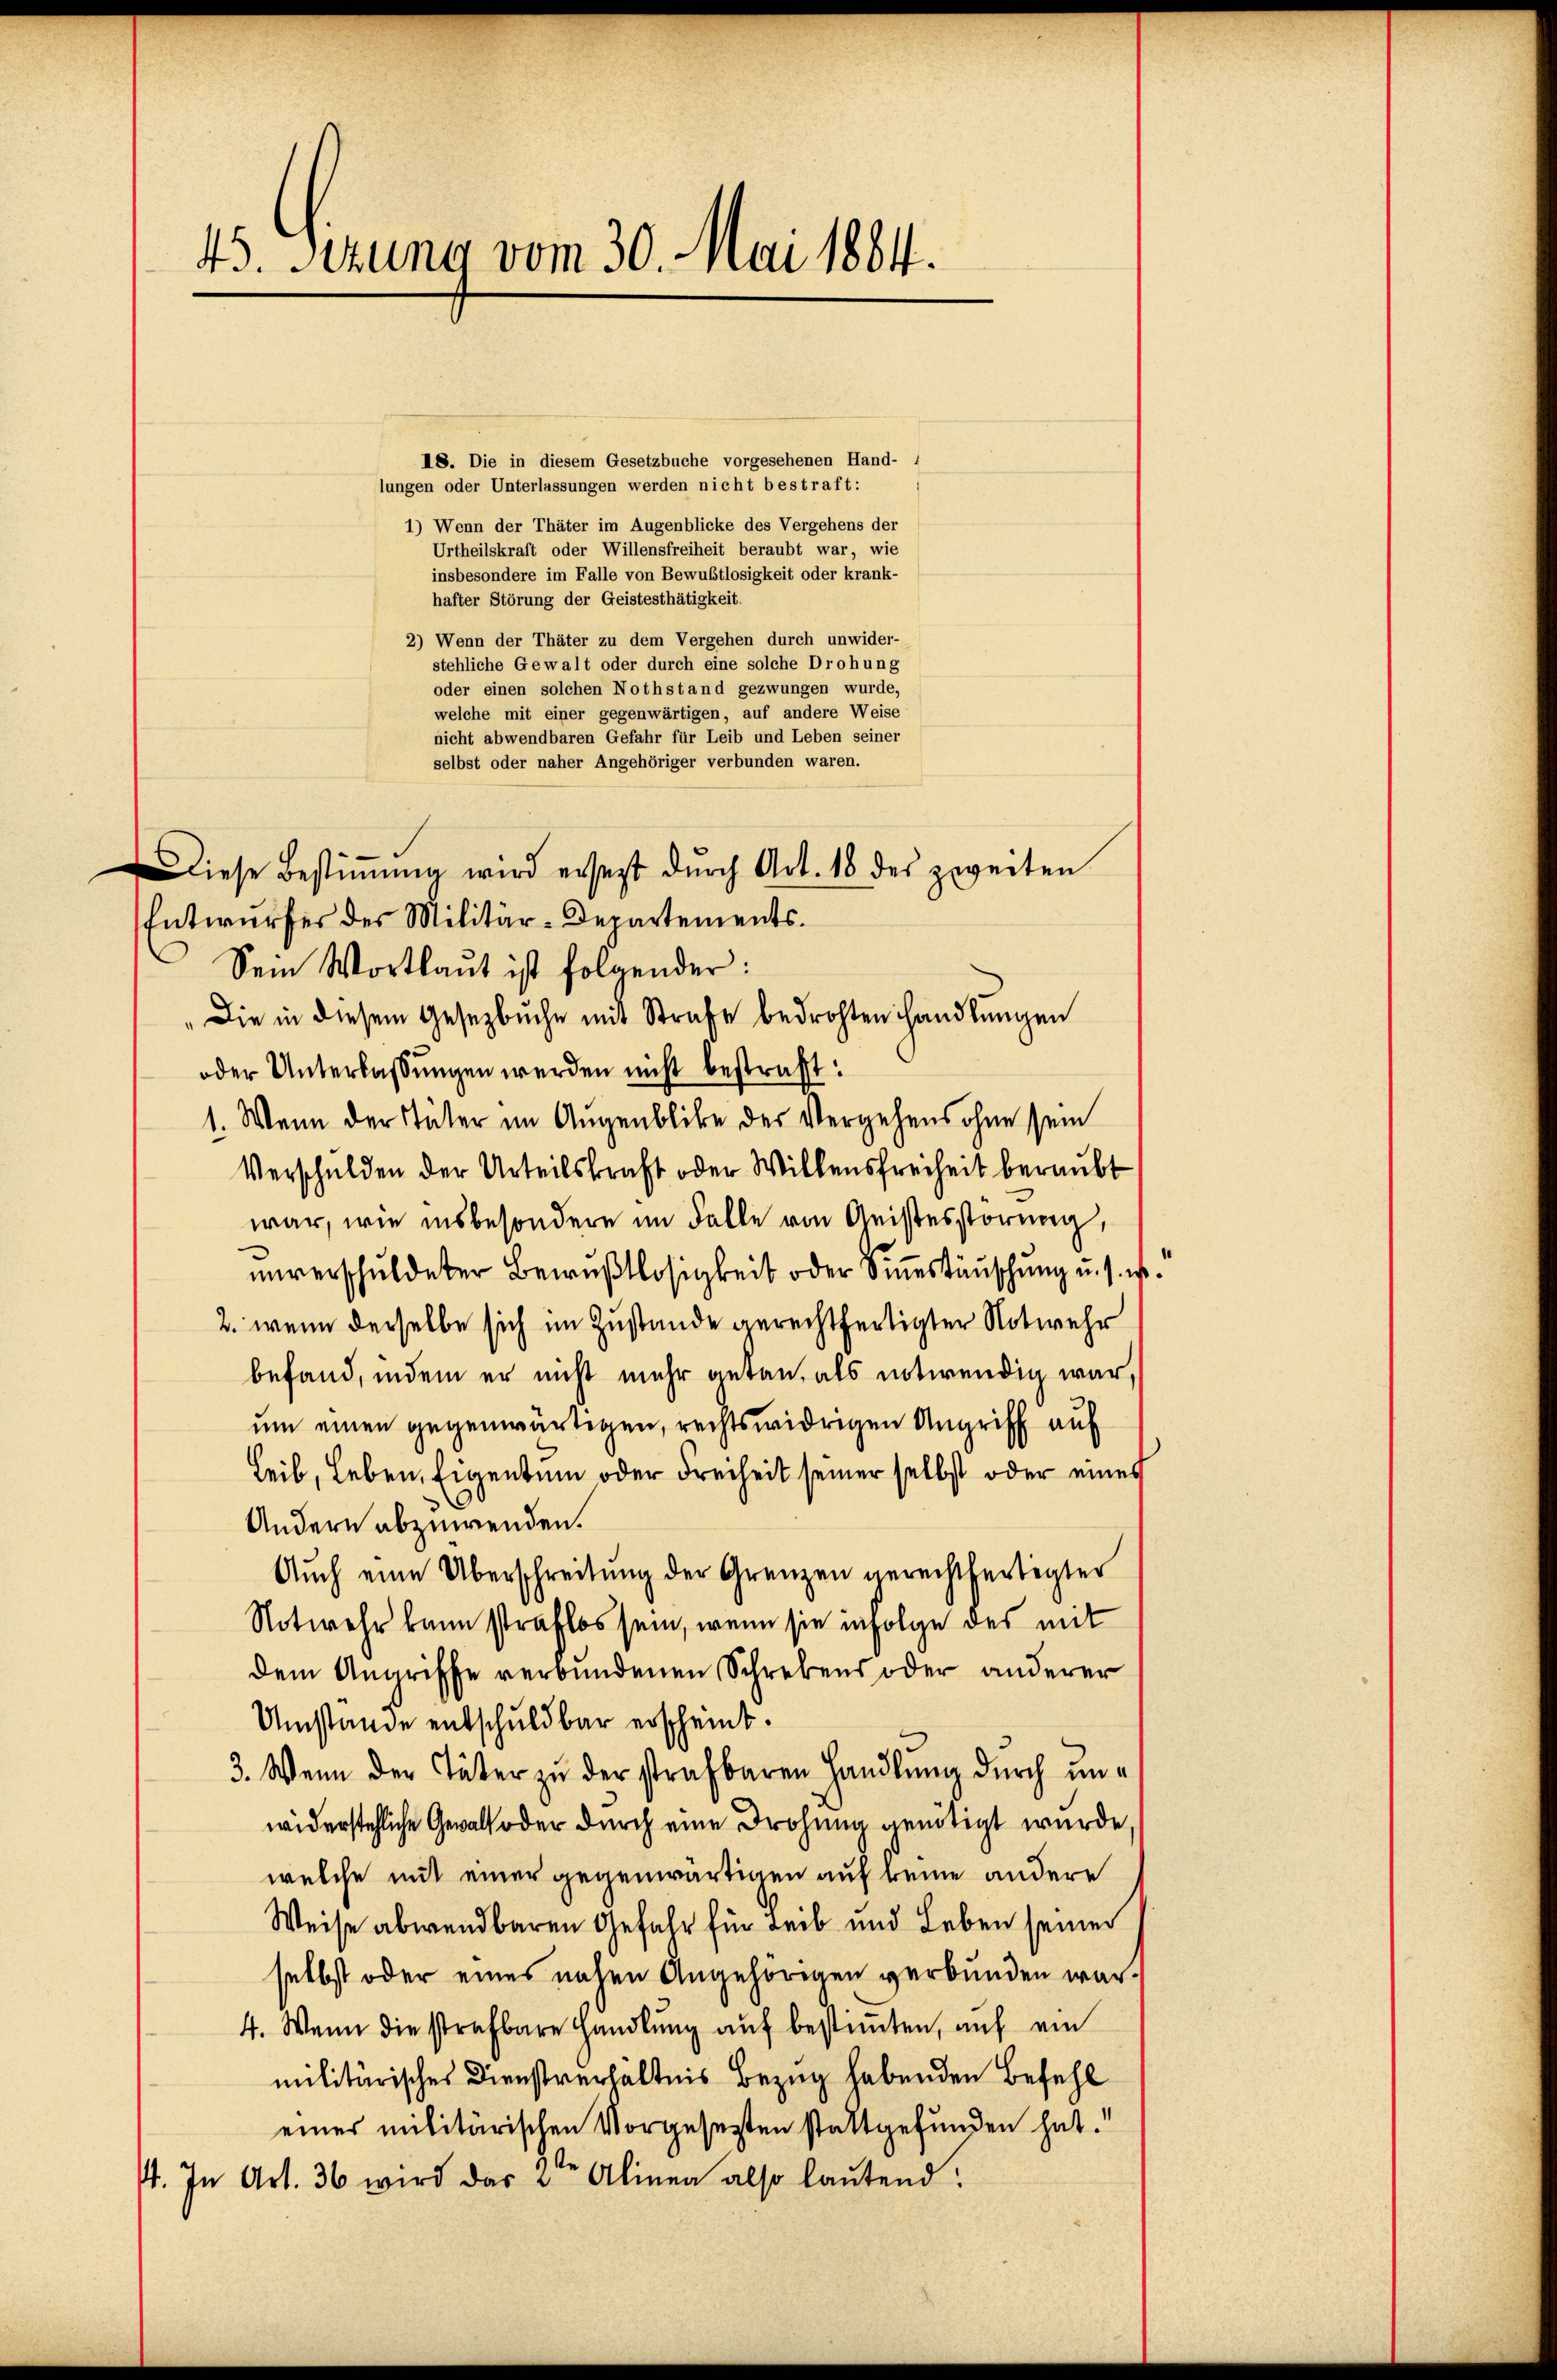
45. Sizung vom 30. Mai 1884.

18. Die in diesem Gesetzbuche vorgesehenen Hand-
lungen oder Unterlassungen werden nicht bestraft:
1) Wenn der Thäter im Augenblicke des Vergehens der
Urtheilskraft oder Willensfreiheit beraubt war, wie
insbesondere im Falle von Bewustlosigkeit oder krank-
hafter Störung der Geistesthätigkeit.
2) Wenn der Thäter zu dem Vergehen durch unwider-
stehliche Gewalt oder durch eine solche Drohung
oder einen solchen Nothstand gezwungen wurde,
welche mit einer gegenwärtigen, auf andere Weise
nicht abwendbaren Gefahr für Leib und Leben seiner
selbst oder naher Angehöriger verbunden waren.
Diese Bestiṁŭng wird ersetzt dŭrch Art. 18 des zweiten
Entwurfes des Militär-Departements.
Sein Wortlaut ist folgender:
"Die in diesem Gesetzbuche mit Strafe bedrohten handlungen
oder Unterlassungen werden nicht bestraft:
1. Wenn der Väter im Augenblicke des Vergehens ohne sein
Verschulden der Urteilskraft oder Willensfreiheit beraubt
war, wie insbesondere im Falle von Geistesstörung,
unverschuldeter Bewußtlosigkeit oder Sinestäuschung u. s. ist
2. wenn derselbe sich im Zustande gerechtfertigter Notwehr
befand, indem er nicht mehr getan, als entwendig war,
um einen gegenwärtigen, rechtswidrigen Angriff auf
Leib, Leben, Eigentum oder Freiheit seiner selbst oder eines
Andern abzuwenden.
Auch eine Überschreitung der Grenzen gerechtfertigter
Notwehr kann straflos sein, wenn sie infolge des mit
dem Angriffe verbundenen Schrebens oder anderer
Umstände entschuldbar erscheint.
3. Wenn der Täter zu der strafbaren Handlung durch unwiderstehliche Gewalt oder durch eine Drohung genötigt wurde,
welche mit einer gegenwärtigen auf keine andere
Weise abwendbaren Gefahr für Leib und Leben seiner
selbst oder eines nahen Angehörigen verbunden war.
4. Wenn die strafbare Handlung auf bestimmten, auf ein
militärisches Dienstverhältnis Bezug habenden Befehl
einer militärischen Vorgesetzten stattgefunden hat.
I. In Art. 36 wird das u. Alinea also laŭtend: